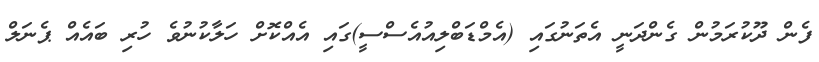
ފެން ދޫކުރަމުން ގެންދަނީ އެތަނުގައި (އެމްޑަބްލިއުއެސްސީ)ގައި އެއްކޮށް ހަލާކުނުވެ ހުރި ބައެއް ޕެނަލް